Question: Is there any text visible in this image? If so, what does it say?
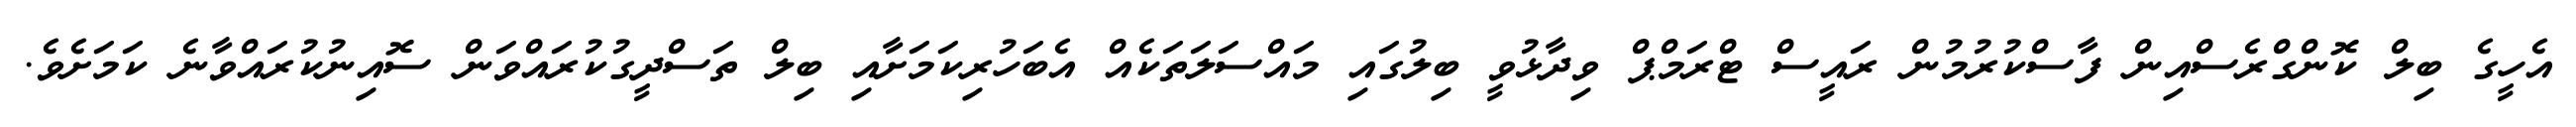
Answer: އެހީގެ ބިލް ކޮންގްރެސްއިން ފާސްކުރުމުން ރައީސް ޓްރަމްޕް ވިދާޅުވީ ބިލުގައި މައްސަލަތަކެއް އެބަހުރިކަމަށާއި ބިލް ތަސްދީގުކުރައްވަން ސޮއިނުކުރައްވާނެ ކަމަށެވެ.